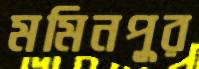
মমিনপুর